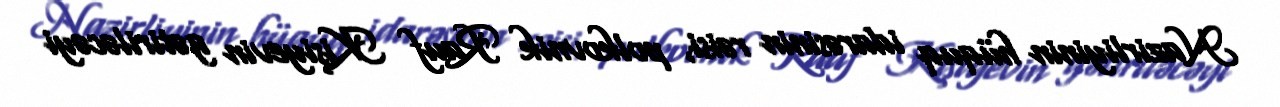
Nazirliyinin hüquq idarəsinin rəisi, polkovnik Rauf Kişiyevin gətiriləcəyi